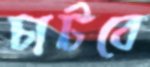
চাটবে